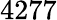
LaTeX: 4277